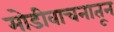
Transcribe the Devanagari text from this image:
मोडीवाचनातून